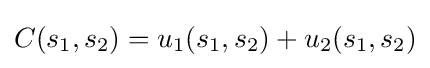
C(s_{1},s_{2})=u_{1}(s_{1},s_{2})+u_{2}(s_{1},s_{2})